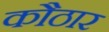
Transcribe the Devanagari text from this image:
कौठार